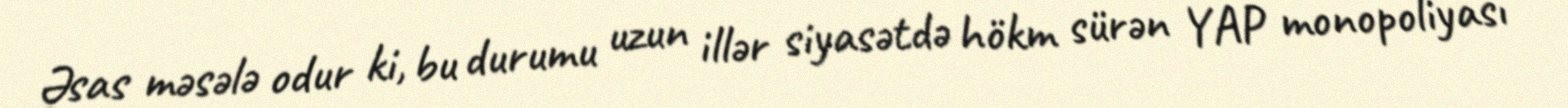
Əsas məsələ odur ki, bu durumu uzun illər siyasətdə hökm sürən YAP monopoliyası